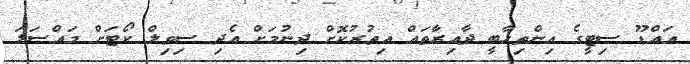
އައްޑޫ ސިޓީގެ އިންތިހާބީ ދާއިރާތައް އިތުރުކޮށް ދިނުމަށް އެދި ސިވިލް ކޯޓަށް މައްސަލަ